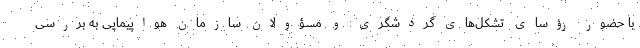
با حضور رؤسای تشکل‌های گردشگری و مسؤولان سازمان هواپیمایی به بررسی